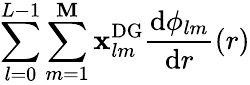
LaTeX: \sum_{l=0}^{L-1}\sum_{m=1}^{\mathbf{M}}\mathbf{{x}}_{lm}^{\mathrm{{{DG}}}}\frac{{\mathrm{{d}}\phi_{lm}}}{{\mathrm{{d}}r}}(r)